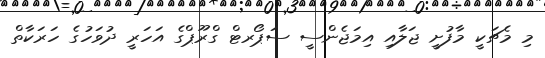
މި މެޗަކީ މާފުށީ ޖަލާއި އިމަޖެންސީ ސަޕޯރޓް ގްރޫޕްގެ އަހަރީ ދުވަހުގެ ހަރަކާތް